Lunatic asylums United Provinces 1899-1908 - 1899-1908
Year: 1899
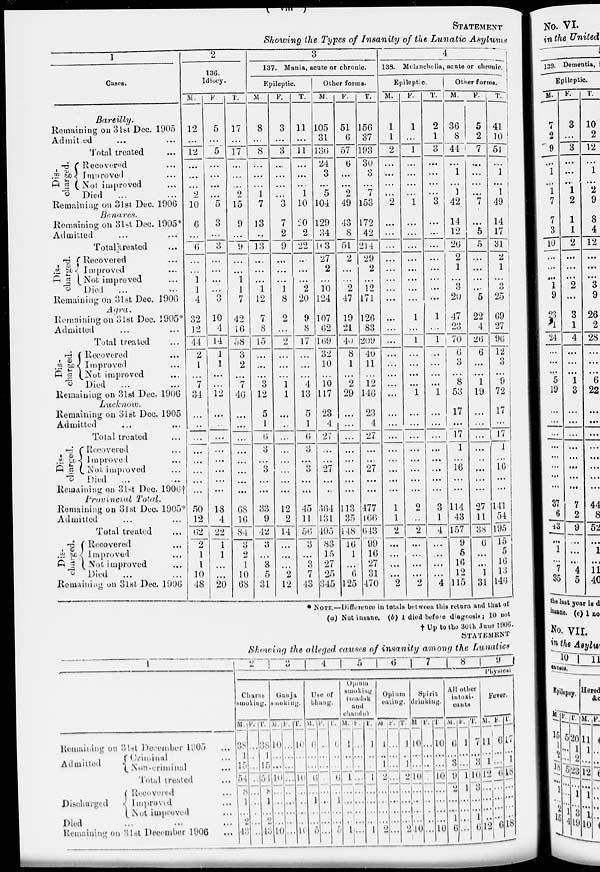
(
viii
)
STATEMENT
Showing the Types of Insanity of the Lunatic
Asylums
1
Cases.
Bareilly.
Remaining on 3lst Dec. 1905
Admitted ... ...
Total treated ...
Dis-
charged.
Recovered ...
Improved ...
Not improved ...
Died
...
Remaining on 31st Dec. 1906
Benares.
Remaining on 31st Dec. 1905*
Admitted ... ....
Total treated ...
Dis-
charged.
Recovered ...
Improved ...
Not improved ...
Died
...
Remaining on 31st Dec. 1906
Agra.
Remaining on 31st Dec. 1905*
Admitted ... ...
Total treated ...
Dis-
charged.
Recovered ...
Improved ...
Not improved ...
Died ... ...
Remaining on 31st Dec. 1906
Lucknow.
Remaining on 31st Dec. 1905
Admitted ... ...
Total treated ...
Dis-
charged.
Recovered ...
Improved ...
Not-improved ...
Died
...
Remaining on 31st Dec. l906 †
Provincial
Total.
Remaining on 31st Dec. 1905*
Admitted ... ...
Total treated ...
Dis-
charged.
Recovered ...
Improved ...
Not improved ...
Died
...
Remaining on 3lst Dec. 1906
2
136.
Idiocy.
M.
12
...
12
...
...
...
2
10
6
...
6
...
...
1
1
4
32
12
44
2
1
...
7
34
...
...
...
...
...
...
...
...
50
12
62
2
1
1
10
48
F
5
...
5
...
...
...
...
5
3
...
3
...
...
...
...
3
10
4
14
1
1
...
...
12
...
...
...
...
...
...
...
...
18
4
22
1
1
...
...
20
T.
17
...
17
...
...
...
2
15
9
...
9
...
...
1
1
7
42
16
58
3
2
...
7
46
...
...
...
...
...
...
...
...
68
16
84
3
2
1
10
68
3
137. Mania, acute or chronic.
Epileptic.
M.
8
...
8
...
...
...
1
7
13
...
13
...
...
...
1
12
7
8
15
...
...
...
3
12
5
1
6
3
...
3
...
...
33
9
42
3
...
3
5
31
F.
3
...
3
...
...
...
...
3
7
2
9
...
...
...
1
8
2
...
2
...
...
...
1
1
...
...
...
...
...
...
...
...
12
2
14
...
...
...
2
12
T.
11
...
11
...
...
...
1
10
20
2
22
...
...
...
2
20
9
8
17
...
...
...
4
13
5
1
6
3
...
3
...
...
45
11
56
3
...
3
7
43
Other forms.
M.
105
31
136
24
3
...
5
104
129
34
163
27
2
...
10
124
107
62
169
32
10
...
10
117
23
4
27
...
...
27
...
...
364
131
495
83
15
27
25
345
F.
51
6
57
6
...
...
2
49
43
8
51
2
...
...
2
47
19
21
40
8
1
...
2
29
...
...
...
...
...
...
...
...
113
35
148
16
1
...
6
125
T.
156
37
193
30
3
...
7
153
172
42
214
29
2
...
12
171
126
83
209
40
11
...
12
146
23
4
27
...
...
27
...
...
477
166
643
99
16
27
31
470
4
138. Melancholia, acute or chronic.
Epileptic.
M.
1
1
2
...
...
...
...
2
...
...
...
...
...
...
...
...
...
...
...
...
...
...
...
...
...
...
...
...
...
...
...
...
1
1
2
...
...
...
...
2
F.
1
...
1
...
...
...
...
1
...
...
...
...
...
...
...
...
1
...
1
...
...
...
...
1
...
...
...
...
...
...
...
...
2
...
2
...
...
...
...
2
T.
2
1
3
...
...
...
...
3
...
...
...
...
...
...
...
...
1
...
1
...
...
...
...
1
...
...
...
...
...
...
...
...
3
1
4
...
...
...
...
4
Other forms.
M.
36
8
44
...
1
...
1
42
14
12
26
2
1
...
3
20
47
23
70
6
3
...
8
53
17
...
17
1
...
16
...
...
114
43
157
9
5
16
12
115
F.
5
2
7
...
...
...
...
7
...
5
5
...
...
...
...
5
22
4
26
6
...
...
1
19
...
...
...
...
...
...
...
...
27
11
38
6
...
...
1
31
T.
41
10
51
...
1
...
1
49
14
17
31
2
1
...
3
25
69
27
96
12
3
...
9
72
17
...
17
1
...
16
...
...
141
54
195
15
5
16
13
146
* NOTE.—Difference in totals between this return and that of
(a) Not insane. (b) 1 died before diagnosis; 10 not
† Up to the 30th June 1906.
STATEMENT
Showing the alleged causes of insanity among the Lunatics
1
Remaining on 31st December 1905 ...
Admitted
Criminal
...
Non-criminal ...
Total treated ...
Discharged
Recovered ...
Improved ...
Not improved ...
Died ... ... ..
Remaining on 31st December 1906 ...
2
3
4
5 6
7
8
9
physical
Charas
smoking.
M.
38
1
15
54
8
1
...
2
43
F.
...
...
...
...
...
...
...
...
...
T
38
1
15
54
8
1
...
2
43
Ganja
smoking.
M.
10
...
...
10
...
...
...
...
10
F.
...
...
...
...
...
...
...
...
...
T.
10
...
...
10
...
...
...
...
10
Use of
bhang.
M.
6
...
...
6
1 ...
...
...
5
F.
...
...
...
...
...
...
...
...
...
T.
6
...
...
6
1
...
...
...
5
Opium
smoking
(madak
and
chandu)
M.
1
...
...
1
...
...
...
...
1
F.
...
...
...
...
...
...
...
...
...
T.
1
...
...
1
...
...
...
...
1
Opium
eating.
M
1
...
1
2
...
...
...
...
2
F.
...
...
...
...
...
...
...
...
...
T.
1
...
1
2
...
...
...
...
2
Spirit
drinking.
M
10
...
...
10
...
...
...
...
10
F.
...
...
...
...
...
...
...
...
...
T.
10
...
...
10
...
...
...
...
10
All other
intoxi-
cants
M.
6
...
3
9
2
...
...
1
6
F.
1
...
...
1
1
...
...
...
...
T.
7
...
3
10
3
...
...
1
6
Fever.
M.
11
...
1
12
...
...
...
...
12
F.
6
...
...
6
...
...
...
...
6
T.
17
...
1
18
...
...
...
...
18